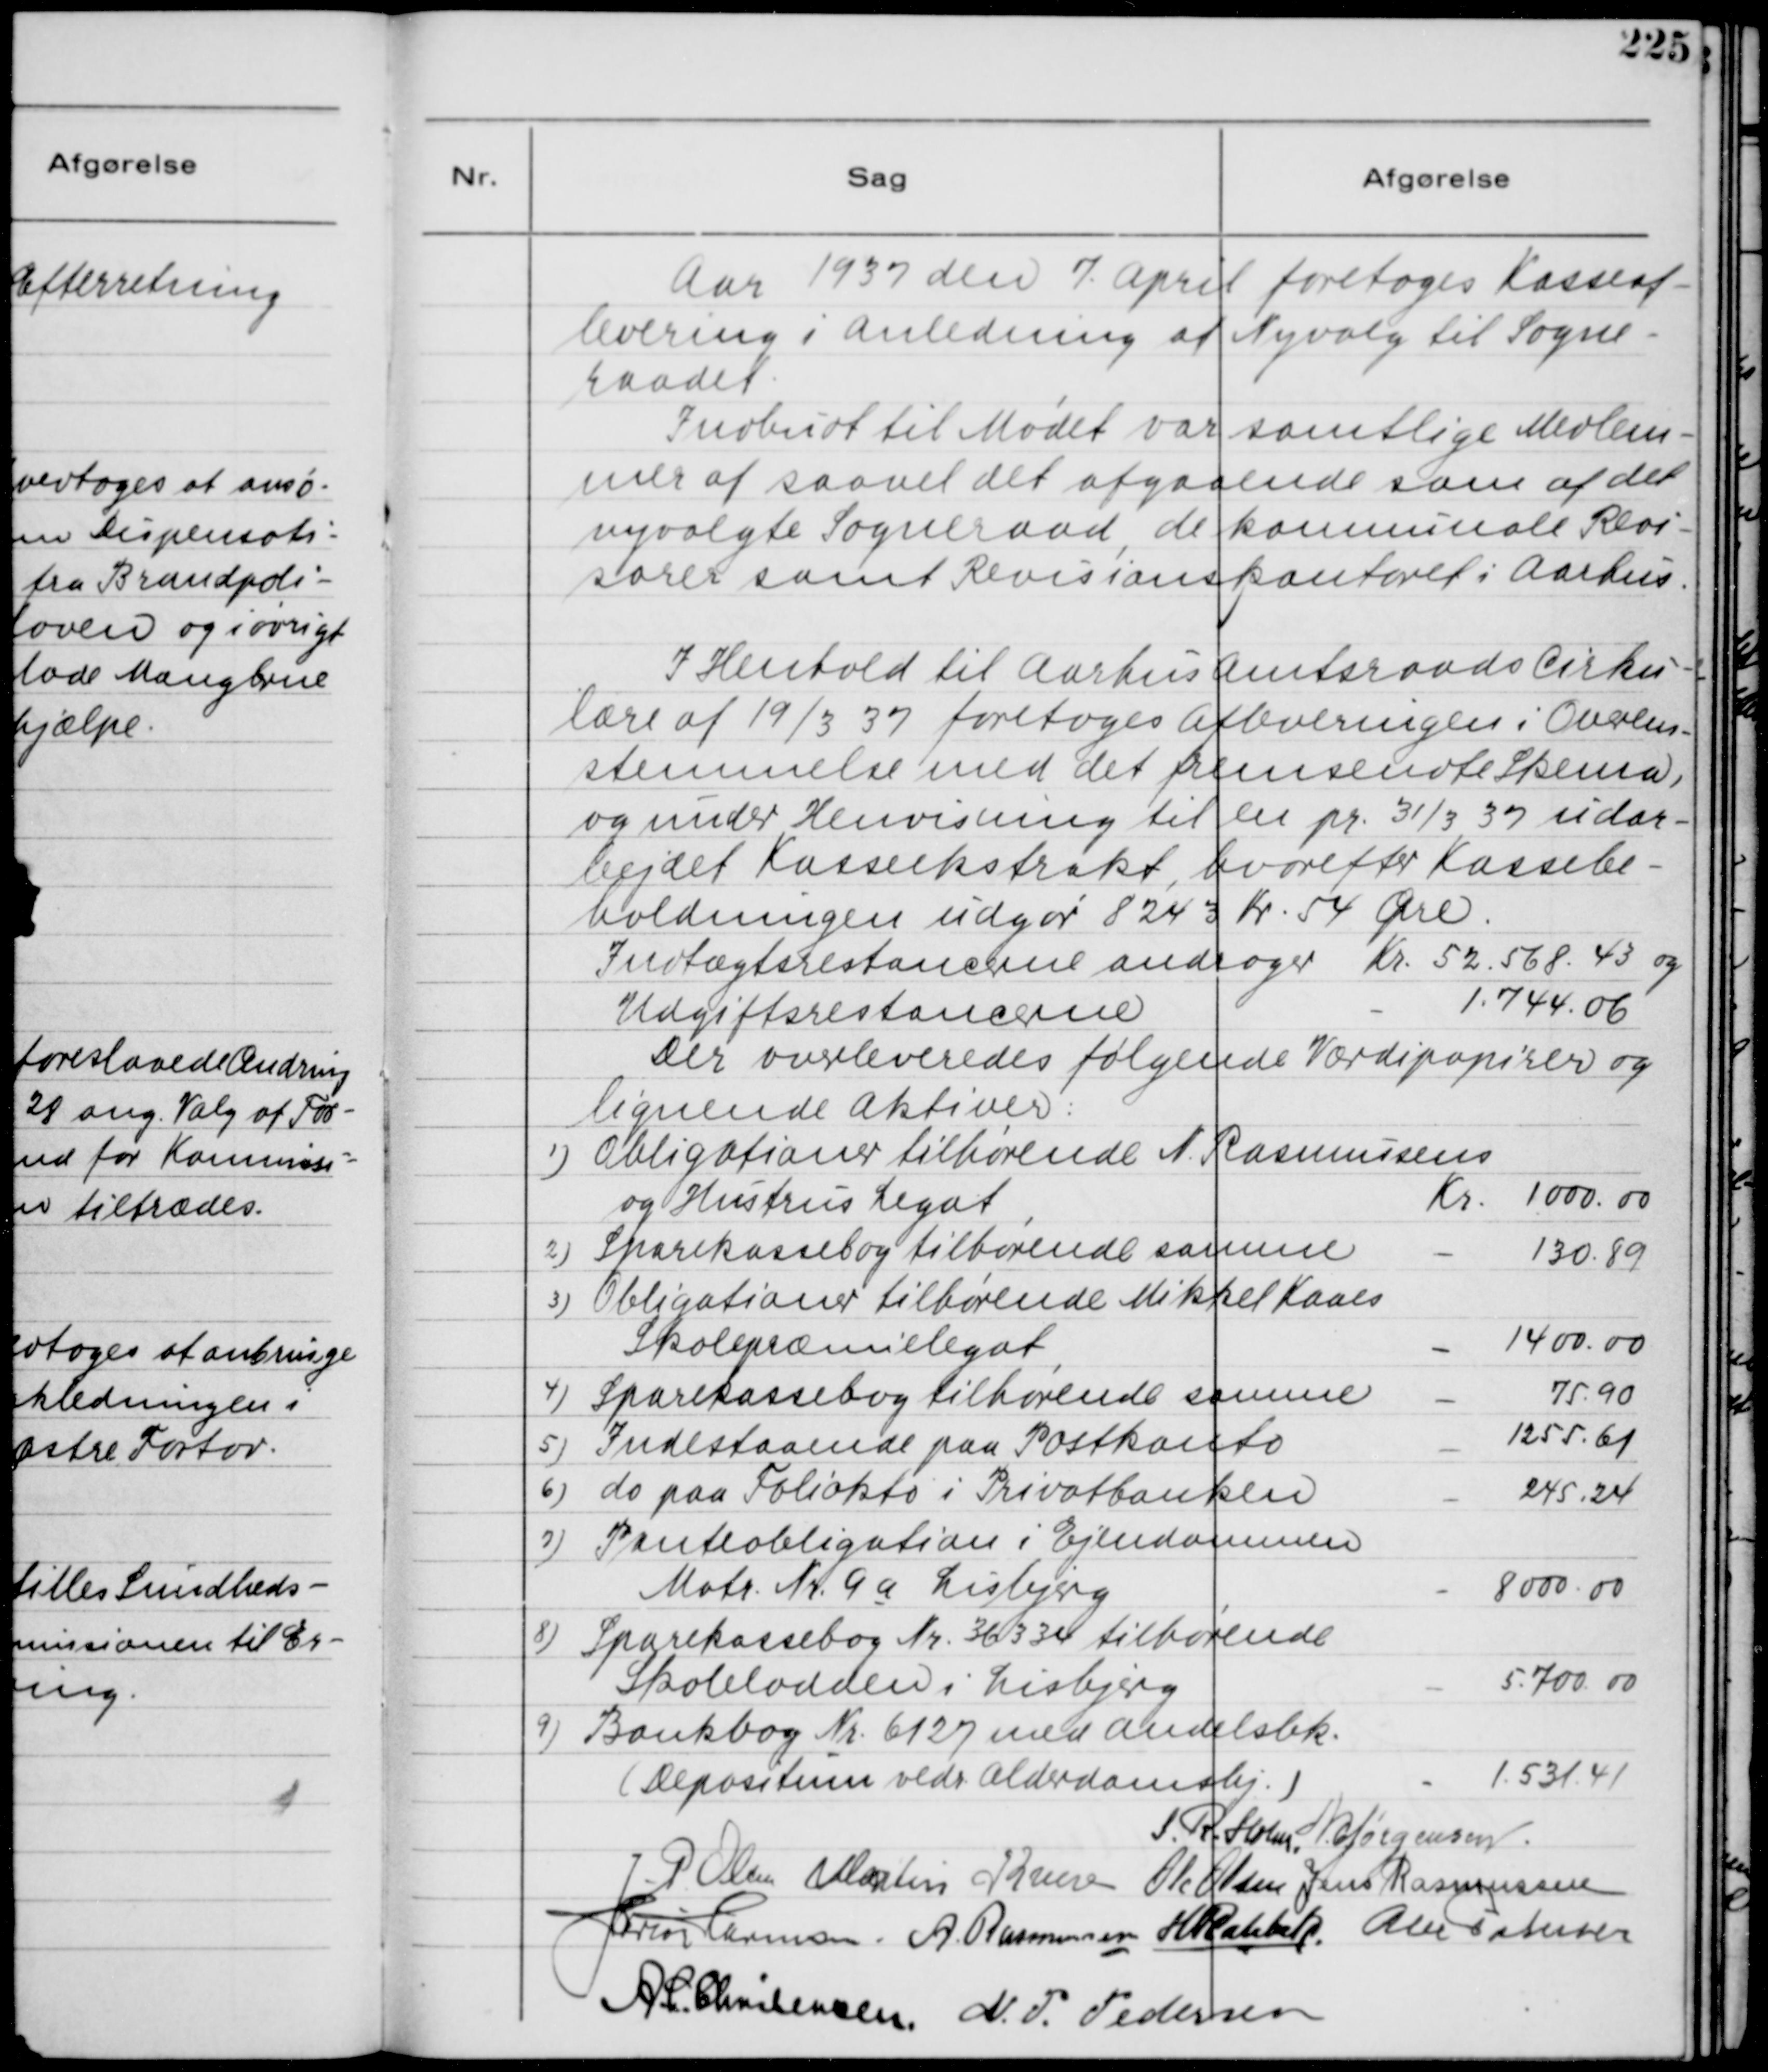
Transskription:
Aar 1937 den 7. April foretoges Kasseaf-
levering i Anledning af Nyvalg til Sogne-
raadet.
Indbudt til Mødet var samtlige Medlem-
mer af saavel det afgaaende som af det
nyvalgte Sogneraad, de kommunale Revi-
sorer samt Revisionskontoret i Aarhus.

I Henhold til Aarhus Amtsraads Cirku-
lære af 19/3 37 foretoges Afleveringen i Overens-
stemmelse med det fremsendte Skema,
og under Henvisning til en pr. 31/3 37 udar-
bejdet Kasseekstrakt, hvorefter Kassebe-
holdningen udgør 8243 Kr. 54 Øre.
Indtægtsrestancene andrager Kr. 52.568,43 og
Udgiftsrestancerne
- 1,744,06
Der overleveredes følgende Værdipapirer og
lignende Aktiver:
1) Obligationer tilhørende N. Rasmussens
og Hustrus Legat,
Kr. 1000,00
2) Sparekassebog tilhørende samme
- 130,89
3) Obligationer tilhørende Mikkel Kaaes
Skolepræmielegat
- 1400,00
4) Sparekassebog tilhørende samme
- 75,90
5) Indestaaende paa Postkonto
- 1255,61
6) do paa Foliokto i Privatbanken
- 245,24
7) Panteobligation i Ejendommen
Matr. Nr. 9a Lisbjerg
- 8000,00
8) Sparekassebog Nr. 36334 tilhørende
Skolelodden i Lisbjerg
- 5,700,00
9) Bankbog Nr. 6127 med Andelsbk.
( Depositun vedr Alderdomshj )
- 1,531,41

S. R. Holm
N. C. Jørgensen
J. P. Olsen
Martin Kruse
Ole Olsen
Jens Rasmussen
Herlou Harmsen.
A. Rasmussen
H. Rahbek.
Alex Petersen
A C. Christensen
N. P. Pedersen